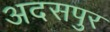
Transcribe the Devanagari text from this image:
अदसपुर